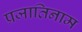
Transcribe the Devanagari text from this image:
प्रजातिनाम